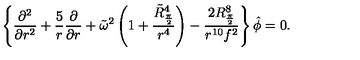
\left\{ { \frac { \partial ^ { 2 } } { \partial r ^ { 2 } } } + { \frac { 5 } { r } } { \frac { \partial } { \partial r } } + \tilde { \omega } ^ { 2 } \left( 1 + { \frac { \tilde { R } _ { \frac { \pi } { 2 } } ^ { 4 } } { r ^ { 4 } } } \right) - { \frac { 2 R _ { \frac { \pi } { 2 } } ^ { 8 } } { r ^ { 1 0 } f ^ { 2 } } } \right\} \hat { \phi } = 0 .